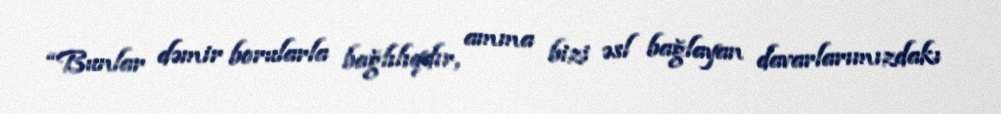
“Bunlar dəmir borularla bağlılıqdır, amma bizi əsl bağlayan davarlarımızdakı